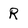
Character: R